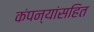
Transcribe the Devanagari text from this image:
कंपन्यांसहित